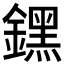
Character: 𨭆